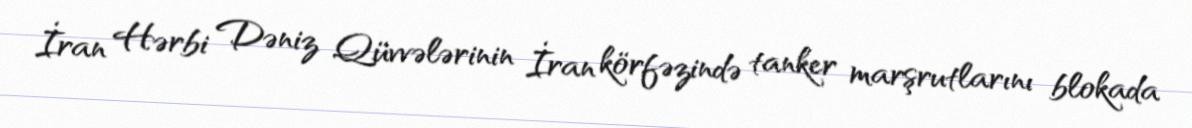
İran Hərbi Dəniz Qüvvələrinin İran körfəzində tanker marşrutlarını blokada